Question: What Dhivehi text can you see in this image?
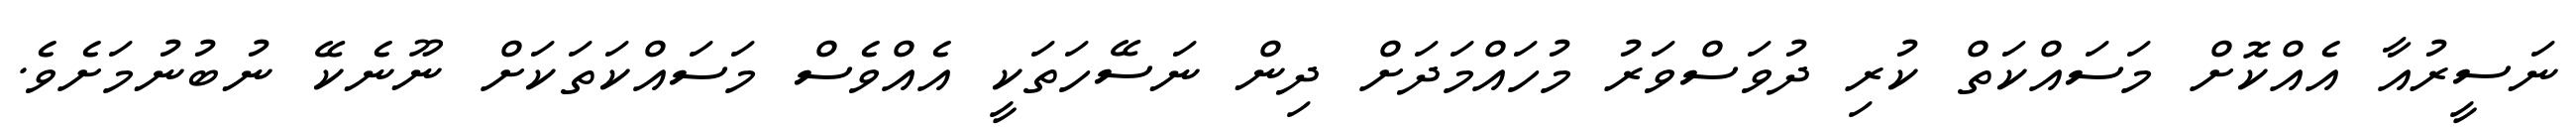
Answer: ނަސީރުއާ އެއްކޮށް މަސައްކަތް ކުރި ދުވަސްވަރު މުހައްމަދަށް ދިން ނަސޭހަތަކީ އެއްވެސް މަސައްކަތަކަށް ނޫނެކޭ ނުބުނުމަށެވެ.